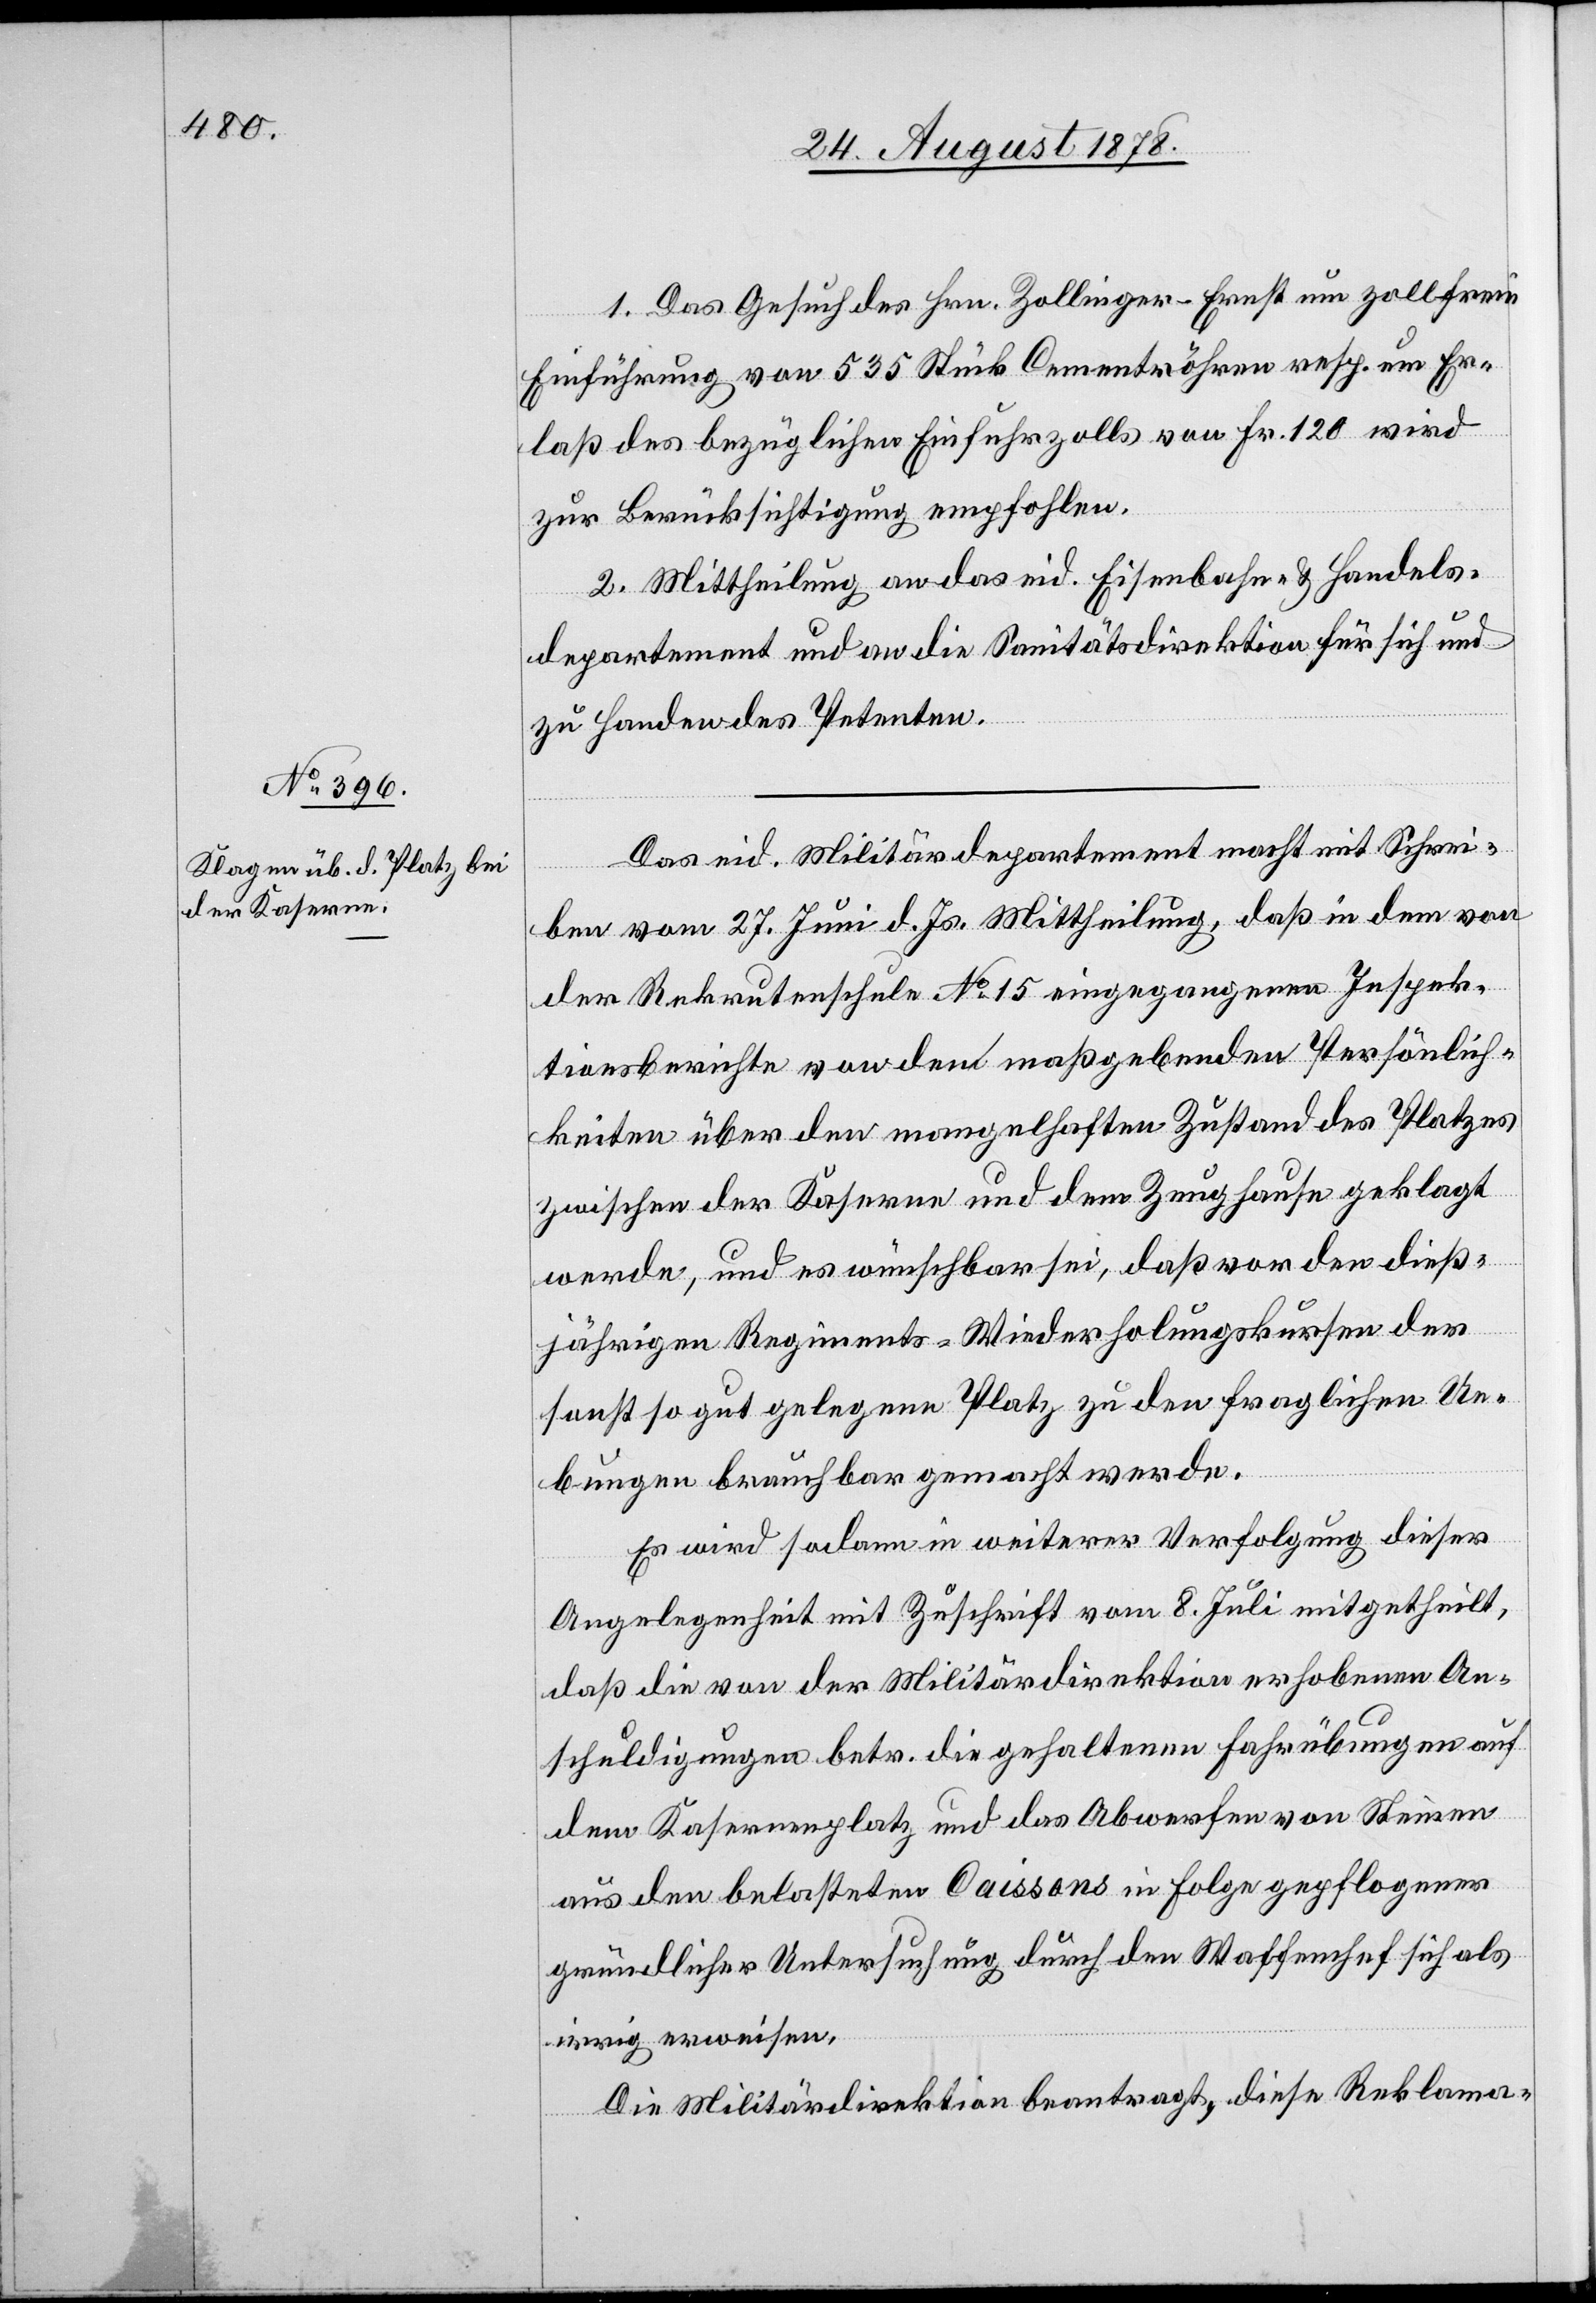
1. Das Gesuch des Hrn. Zollinger-Ernst um zollfreie
Einführung von 535 Stück Cementröhren resp. um Er¬
laß des bezüglichen Einfuhrzolls von Fr. 120 wird
zur Berücksichtigung empfohlen.
2. Mittheilung an das eid. Eisenbahn- & Handels¬
departement und an die Sanitätsdirektion für sich und
zu Handen des Petenten.
Das eid. Militärdepartement macht mit Schrei¬
ben vom 27. Juni d. Js. Mittheilung, daß in dem von
der Rekrutenschule No 15 eingegangenen Inspek¬
tionsberichte von dem maßgebenden Persönlich¬
keiten über den mangelhaften Zustand des Platzes
zwischen der Kaserne und dem Zeughause geklagt
werde, und es wünschbar sei, daß vor den dieß¬
jährigen Regiments-Wiederholungskursen des
sonst so gut gelegenen Platz zu den fraglichen Ue¬
bungen brauchbar gemacht werde.
Es wird sodann in weiterer Verfolgung dieses
Angelegenheit mit Zuschrift vom 8. Juli mitgetheilt,
daß die von der Militärdirektion erhobenen An¬
schuldigungen betr. die gehaltenen Fahrübungen auf
dem Kasernenplatz und das Abwerfen von Steinen
aus den belasteten Caissons in Folge gepflogener
gründlicher Untersuchung durch den Waffenchef sich als
irrig erweisen.
Die Militärdirektion beantragt, diese Reklama-